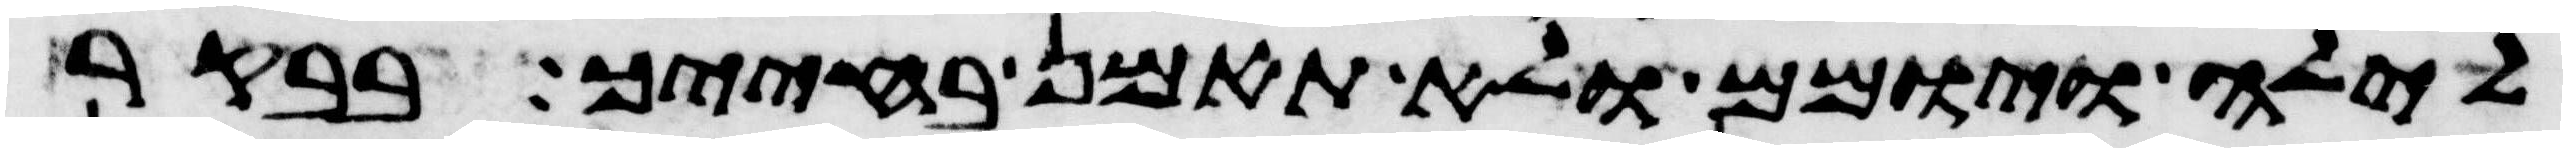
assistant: לילה ויומם ולא תאמן בחייך בבקר